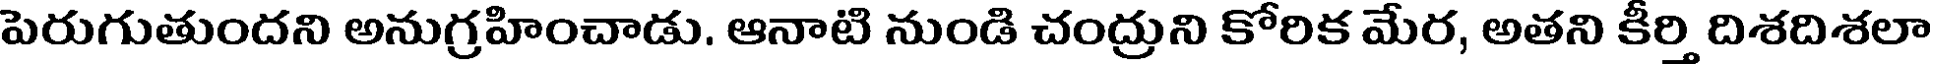
పెరుగుతుందని అనుగ్రహించాడు. ఆనాటి నుండి చంద్రుని కోరిక మేర, అతని కీర్తి దిశదిశలా